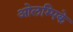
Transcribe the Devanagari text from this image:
ओलम्पिके